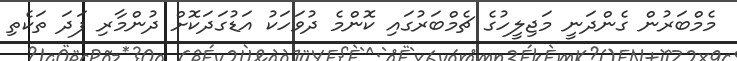
މެމްބަރުން ގެންދަނީ މަޖިލީހުގެ ޗެމްބަރުގައި ކޮންމެ ދުވަހަކު އަޑުގަދަކޮށް ދުންމާރި ފަދަ ތަކެތި